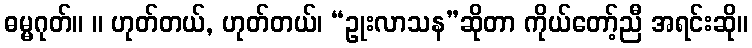
ဓမ္မဂုတ်။ ။ ဟုတ်တယ်, ဟုတ်တယ်၊ “ဥုးလာသန”ဆိုတာ ကိုယ်တော့်ညီ အရင်းဆို။